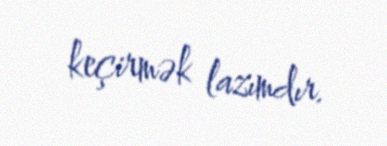
keçirmək lazımdır.